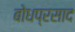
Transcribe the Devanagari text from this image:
बोधप्रसाद